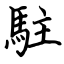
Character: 駐